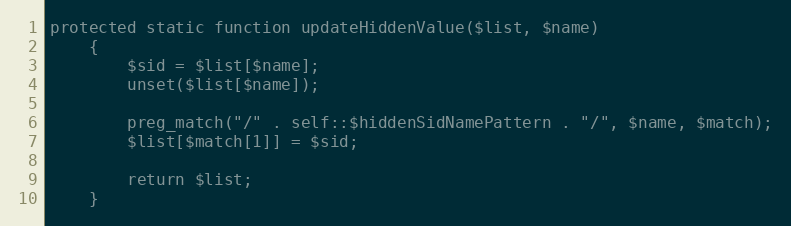
Language: PHP
protected static function updateHiddenValue($list, $name)
    {
        $sid = $list[$name];
        unset($list[$name]);

        preg_match("/" . self::$hiddenSidNamePattern . "/", $name, $match);
        $list[$match[1]] = $sid;

        return $list;
    }